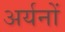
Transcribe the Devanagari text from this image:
अर्यनों